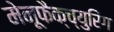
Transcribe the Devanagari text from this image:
मेनूफैक्च्युरिंग